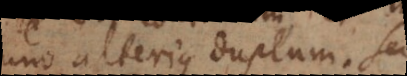
uno alterius duplum. Sed